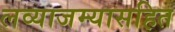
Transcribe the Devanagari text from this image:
लव्याजम्यासहित